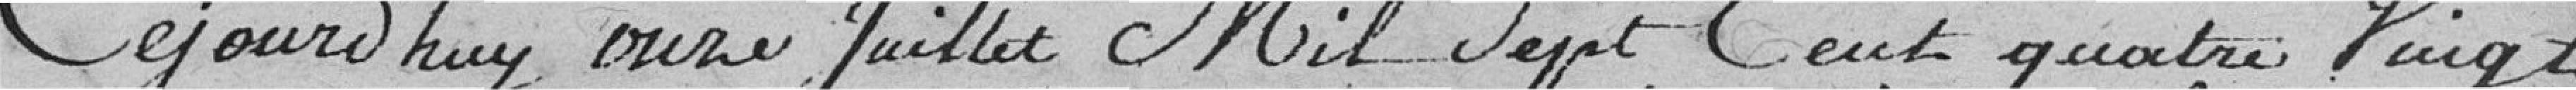
Ce jourd'hui ,onze Juillet Mil Sept Cent quatre Vingt